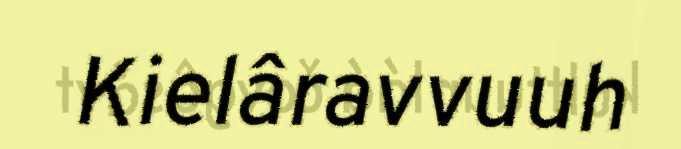
Kielâravvuuh